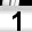
Digit: 1